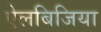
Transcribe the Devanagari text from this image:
ऐलबिजिया